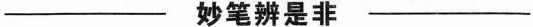
——妙笔辨是非——